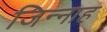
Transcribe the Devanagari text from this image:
जिन्‍नाह